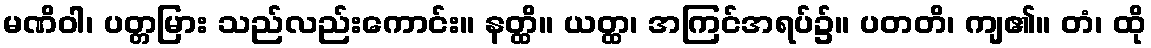
မဏိဝါ၊ ပတ္တမြား သည်လည်းကောင်း။ နတ္ထိ။ ယတ္ထ၊ အကြင်အရပ်၌။ ပတတိ၊ ကျ၏။ တံ၊ ထို